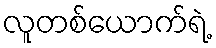
လူတစ်ယောက်ရဲ့